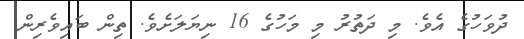
ދުވަހުގެ އެވެ. މި ދަތުރު މި މަހުގެ 16 ނިޔަލަށެވެ. ތިން ބައިވެރިން